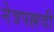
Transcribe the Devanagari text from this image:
नेत्रपल्लवी